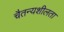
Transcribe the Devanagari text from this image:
चैतन्यशीलता